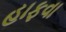
હાફવા